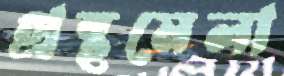
গ্রন্থমেলা